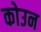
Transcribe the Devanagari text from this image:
कोउन